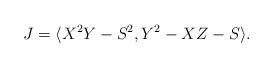
LaTeX: \begin{align*}J=\langle X^{2}Y-S^{2},Y^{2}-XZ-S\rangle.\end{align*}